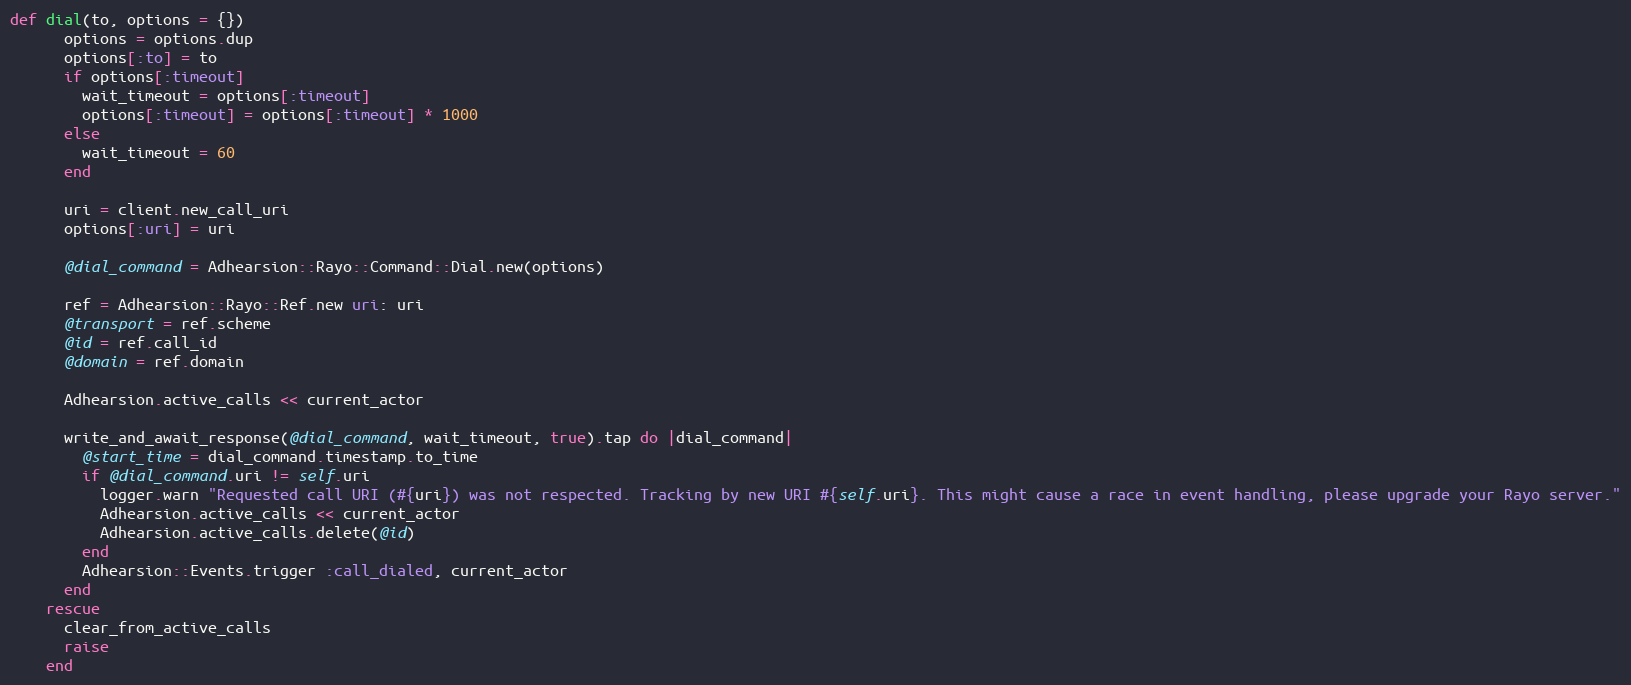
Language: Ruby
def dial(to, options = {})
      options = options.dup
      options[:to] = to
      if options[:timeout]
        wait_timeout = options[:timeout]
        options[:timeout] = options[:timeout] * 1000
      else
        wait_timeout = 60
      end

      uri = client.new_call_uri
      options[:uri] = uri

      @dial_command = Adhearsion::Rayo::Command::Dial.new(options)

      ref = Adhearsion::Rayo::Ref.new uri: uri
      @transport = ref.scheme
      @id = ref.call_id
      @domain = ref.domain

      Adhearsion.active_calls << current_actor

      write_and_await_response(@dial_command, wait_timeout, true).tap do |dial_command|
        @start_time = dial_command.timestamp.to_time
        if @dial_command.uri != self.uri
          logger.warn "Requested call URI (#{uri}) was not respected. Tracking by new URI #{self.uri}. This might cause a race in event handling, please upgrade your Rayo server."
          Adhearsion.active_calls << current_actor
          Adhearsion.active_calls.delete(@id)
        end
        Adhearsion::Events.trigger :call_dialed, current_actor
      end
    rescue
      clear_from_active_calls
      raise
    end